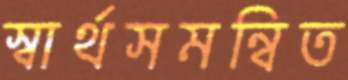
স্বার্থসমন্বিত